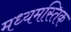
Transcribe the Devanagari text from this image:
मध्यमस्तिक